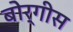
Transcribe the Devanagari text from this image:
बोर्गीस